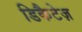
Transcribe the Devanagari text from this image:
डिकैटेज़